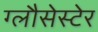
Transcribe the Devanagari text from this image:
ग्लौसेस्टेर